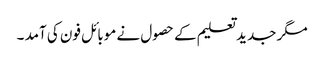
مگر جدید تعلیم کے حصول نے موبائل فون کی آمد ۔